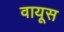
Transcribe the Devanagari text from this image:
वायूस